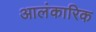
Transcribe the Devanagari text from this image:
आलंकारिक